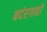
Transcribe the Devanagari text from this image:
बदंरगाहों